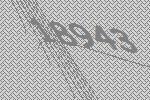
18943